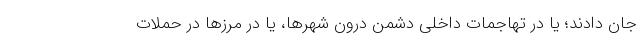
جان دادند؛ یا در تهاجمات داخلی دشمن درون شهرها، یا در مرزها در حملات